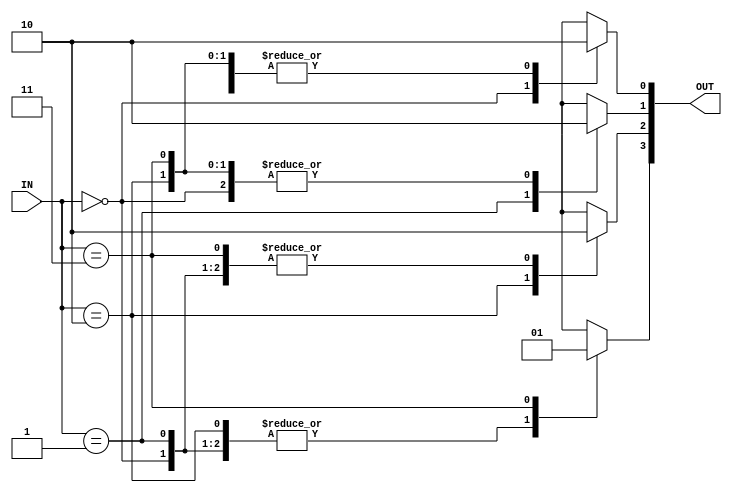
module decoder_Nx2pN #( parameter N = 2 )   ( 
                                                input [N-1:0] IN,
                                                output reg [(2**N)-1:0] OUT
                                            );

    integer i = 0;

    always@(*)
    begin
        for( i = 0; i < 2**N; i = i + 1 )
        begin
            OUT[i] = 0;
        end

        OUT[IN] = 1'b1;
    end

endmodule